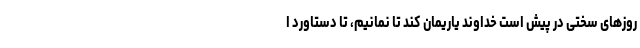
روزهای سختی در پیش است خداوند یاریمان کند تا نمانیم، تا دستاورد ا